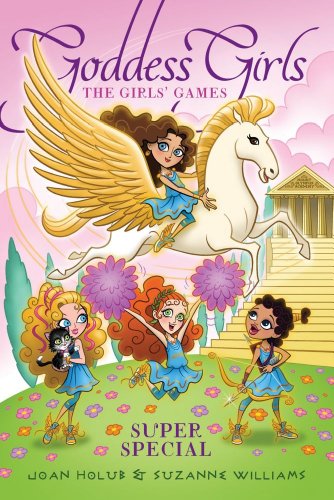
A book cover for The Girl Games (Goddess Girls); Joan Holub; Children's Books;